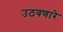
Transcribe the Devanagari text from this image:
उठवणारे